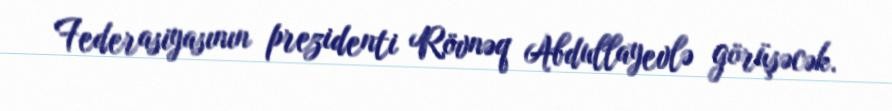
Federasiyasının prezidenti Rövnəq Abdullayevlə görüşəcək.